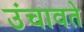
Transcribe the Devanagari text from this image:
उंचावते